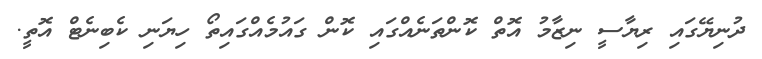
ދުނިޔޭގައި ރިޔާސީ ނިޒާމު އޮތް ކޮންތަނެއްގައި ކޮން ގައުމެއްގައިތޯ ހިޔަނި ކެބިނެޓް އޮތީ.